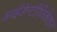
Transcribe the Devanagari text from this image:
आईडेन्टीफिकेशन